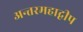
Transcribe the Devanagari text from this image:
अन्तरमहाद्वीप